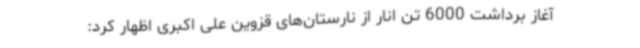
آغاز برداشت 6000 تن انار از نارستان‌های قزوین علی‌ اکبری اظهار کرد: